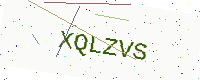
Text: XQLZVS